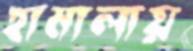
হামালায়